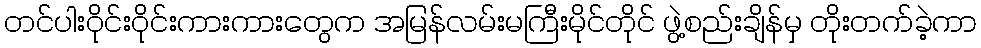
တင်ပါးဝိုင်းဝိုင်းကားကားတွေက အမြန်လမ်းမကြီးမိုင်တိုင် ဖွဲ့စည်းချိန်မှ တိုးတက်ခဲ့ကာ